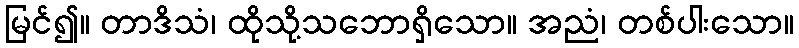
မြင်၍။ တာဒိသံ၊ ထိုသို့သဘောရှိသော။ အညံ၊ တစ်ပါးသော။